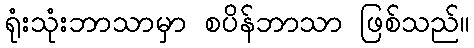
ရုံးသုံးဘာသာမှာ စပိန်ဘာသာ ဖြစ်သည်။